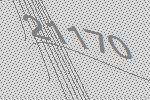
21170